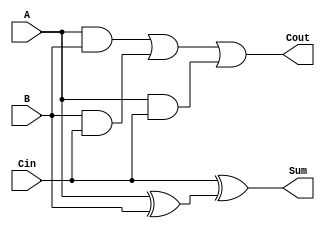
//Objective: 
//Create a full adder
`timescale 1ns / 1ps
module FullAdder(A,B,Cin,Sum,Cout);
input A,B,Cin;
output Sum, Cout;

assign Sum = Cin^(A^B);
assign Cout = (A&B)|(B&Cin)|(A&Cin);

endmodule